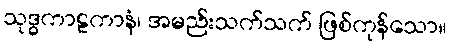
သုဒ္ဓကာဠကာနံ၊ အမည်းသက်သက် ဖြစ်ကုန်သော။